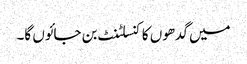
میں گدھوں کا کنسلٹنٹ بن جائوں گا۔